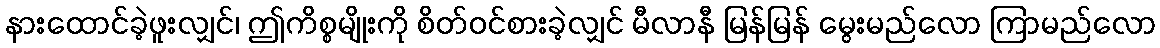
နားထောင်ခဲ့ဖူးလျှင်၊ ဤကိစ္စမျိုးကို စိတ်ဝင်စားခဲ့လျှင် မီလာနီ မြန်မြန် မွေးမည်လော ကြာမည်လော